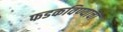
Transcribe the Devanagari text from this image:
फडकविण्याचा